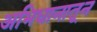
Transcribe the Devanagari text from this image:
अभिधानातून